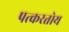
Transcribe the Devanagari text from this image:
पत्करतोय